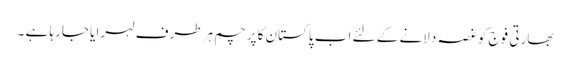
بھارتی فوج کو غصہ دلانے کے لئے اب پاکستان کا پرچم ہر طرف لہرایا جارہا ہے ۔